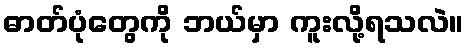
ဓာတ်ပုံတွေကို ဘယ်မှာ ကူးလို့ရသလဲ။